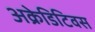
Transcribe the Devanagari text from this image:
अक्रेडिटिवस